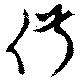
俶